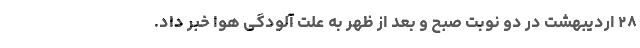
۲۸ اردیبهشت در دو نوبت صبح و بعد از ظهر به علت آلودگی هوا خبر داد.